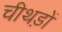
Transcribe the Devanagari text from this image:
चीथड़ों